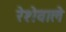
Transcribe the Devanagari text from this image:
रेशेवाले